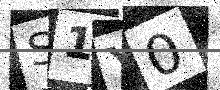
Text: S1Y0